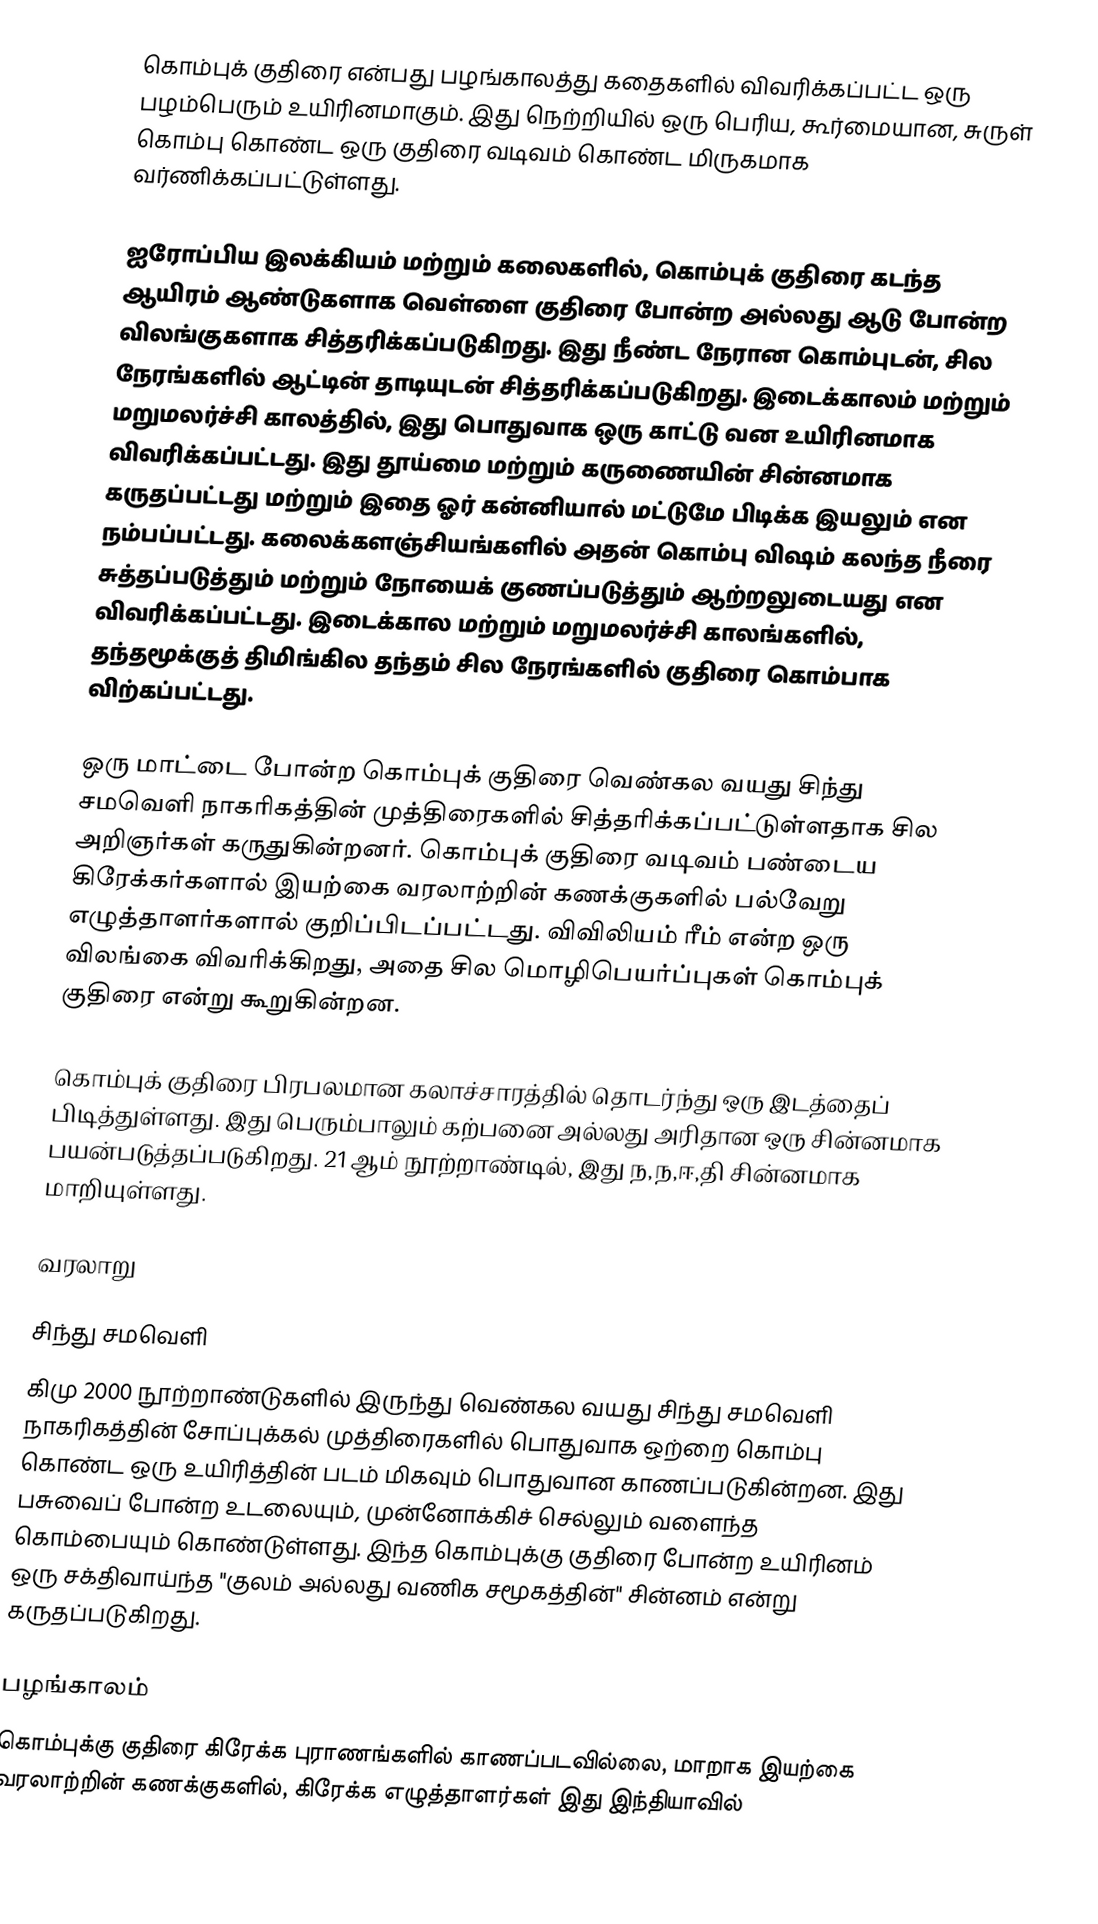
கொம்புக் குதிரை என்பது பழங்காலத்து கதைகளில் விவரிக்கப்பட்ட ஒரு பழம்பெரும் உயிரினமாகும். இது நெற்றியில் ஒரு பெரிய, கூர்மையான, சுருள் கொம்பு கொண்ட ஒரு குதிரை வடிவம் கொண்ட மிருகமாக வர்ணிக்கப்பட்டுள்ளது.

ஐரோப்பிய இலக்கியம் மற்றும் கலைகளில், கொம்புக் குதிரை கடந்த ஆயிரம் ஆண்டுகளாக வெள்ளை குதிரை போன்ற அல்லது ஆடு போன்ற விலங்குகளாக சித்தரிக்கப்படுகிறது. இது நீண்ட நேரான கொம்புடன், சில நேரங்களில் ஆட்டின் தாடியுடன் சித்தரிக்கப்படுகிறது. இடைக்காலம் மற்றும் மறுமலர்ச்சி காலத்தில், இது பொதுவாக ஒரு காட்டு வன உயிரினமாக விவரிக்கப்பட்டது.  இது தூய்மை மற்றும் கருணையின் சின்னமாக கருதப்பட்டது மற்றும் இதை ஓர் கன்னியால் மட்டுமே பிடிக்க இயலும் என நம்பப்பட்டது. கலைக்களஞ்சியங்களில் அதன் கொம்பு விஷம் கலந்த நீரை சுத்தப்படுத்தும் மற்றும் நோயைக் குணப்படுத்தும் ஆற்றலுடையது என விவரிக்கப்பட்டது. இடைக்கால மற்றும் மறுமலர்ச்சி காலங்களில், தந்தமூக்குத் திமிங்கில தந்தம் சில நேரங்களில் குதிரை கொம்பாக விற்கப்பட்டது.

ஒரு மாட்டை போன்ற கொம்புக் குதிரை வெண்கல வயது சிந்து சமவெளி நாகரிகத்தின் முத்திரைகளில் சித்தரிக்கப்பட்டுள்ளதாக சில அறிஞர்கள் கருதுகின்றனர். கொம்புக் குதிரை வடிவம் பண்டைய கிரேக்கர்களால் இயற்கை வரலாற்றின் கணக்குகளில் பல்வேறு எழுத்தாளர்களால் குறிப்பிடப்பட்டது. விவிலியம் ரீம் என்ற ஒரு விலங்கை விவரிக்கிறது, அதை சில மொழிபெயர்ப்புகள் கொம்புக் குதிரை என்று கூறுகின்றன.

கொம்புக் குதிரை பிரபலமான கலாச்சாரத்தில் தொடர்ந்து ஒரு இடத்தைப் பிடித்துள்ளது. இது பெரும்பாலும் கற்பனை அல்லது அரிதான ஒரு சின்னமாக பயன்படுத்தப்படுகிறது. 21 ஆம் நூற்றாண்டில், இது ந,ந,ஈ,தி சின்னமாக மாறியுள்ளது.

வரலாறு

சிந்து சமவெளி
கிமு 2000 நூற்றாண்டுகளில் இருந்து வெண்கல வயது சிந்து சமவெளி நாகரிகத்தின் சோப்புக்கல் முத்திரைகளில் பொதுவாக ஒற்றை கொம்பு கொண்ட ஒரு உயிரித்தின் படம் மிகவும் பொதுவான காணப்படுகின்றன. இது பசுவைப் போன்ற உடலையும், முன்னோக்கிச் செல்லும் வளைந்த கொம்பையும் கொண்டுள்ளது. இந்த கொம்புக்கு குதிரை போன்ற உயிரினம் ஒரு சக்திவாய்ந்த "குலம் அல்லது வணிக சமூகத்தின்" சின்னம் என்று கருதப்படுகிறது.

பழங்காலம்
கொம்புக்கு குதிரை கிரேக்க புராணங்களில் காணப்படவில்லை, மாறாக இயற்கை வரலாற்றின் கணக்குகளில், கிரேக்க எழுத்தாளர்கள் இது இந்தியாவில்